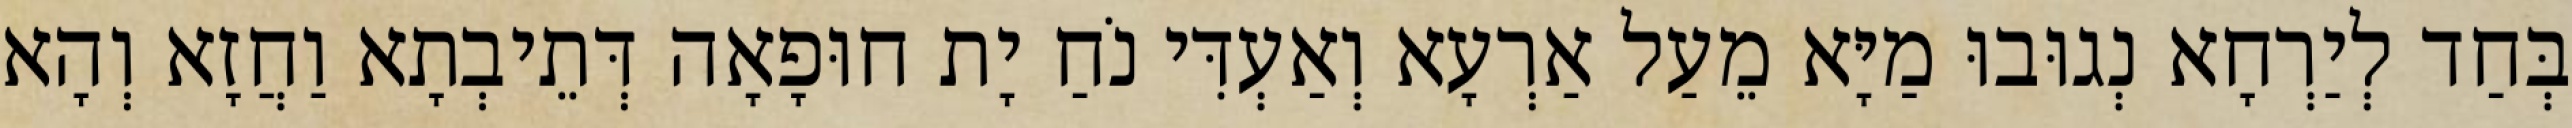
בְּחַד לְיַרְחָא נְגוּבוּ מַיָּא מֵעַל אַרְעָא וְאַעְדִּי נֹחַ יָת חוּפָאָה דְּתֵיבְתָא וַחֲזָא וְהָא